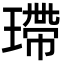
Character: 𤨮